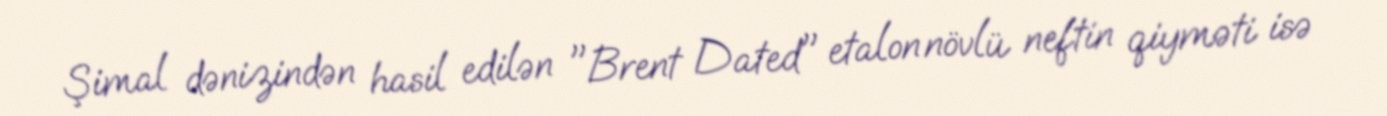
Şimal dənizindən hasil edilən "Brent Dated" etalon növlü neftin qiyməti isə